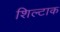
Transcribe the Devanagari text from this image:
शिल्टाक